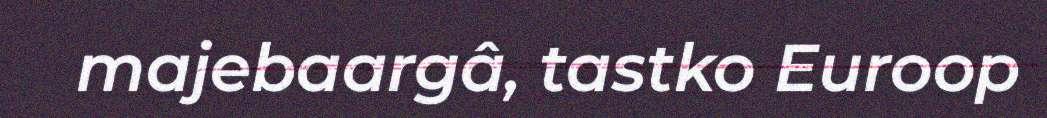
majebaargâ, tastko Euroop